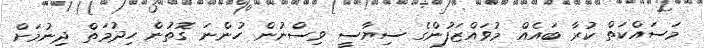
މަސައްކަތް ކުރާ ބައެއް މުވައްޒަފުންގެ ސިޔާސީ ވިސްނުން ހުންނަ ގޮތުން ހިދުމަތް ދިނުމަށް